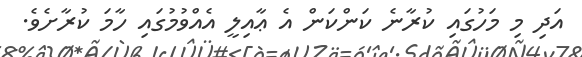
އަދި މި މަހުގައި ކުރާނެ ކަންކަން އެ ޢާއިލީ އެއްވުމުގައި ހާމަ ކުރާށެވެ.